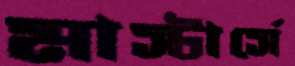
মাস্টার্সে